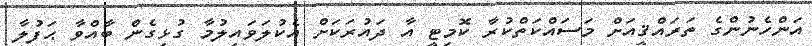
އަންހެނުންގެ ތަރައްޤީއަށް މަސައްކަތްކުރާ ކޮމިޓީ އާ ދައުރަކަށް އެކުލަވައިލުމާ ގުޅިގެން ބާއްވާ ޙަފުލާ